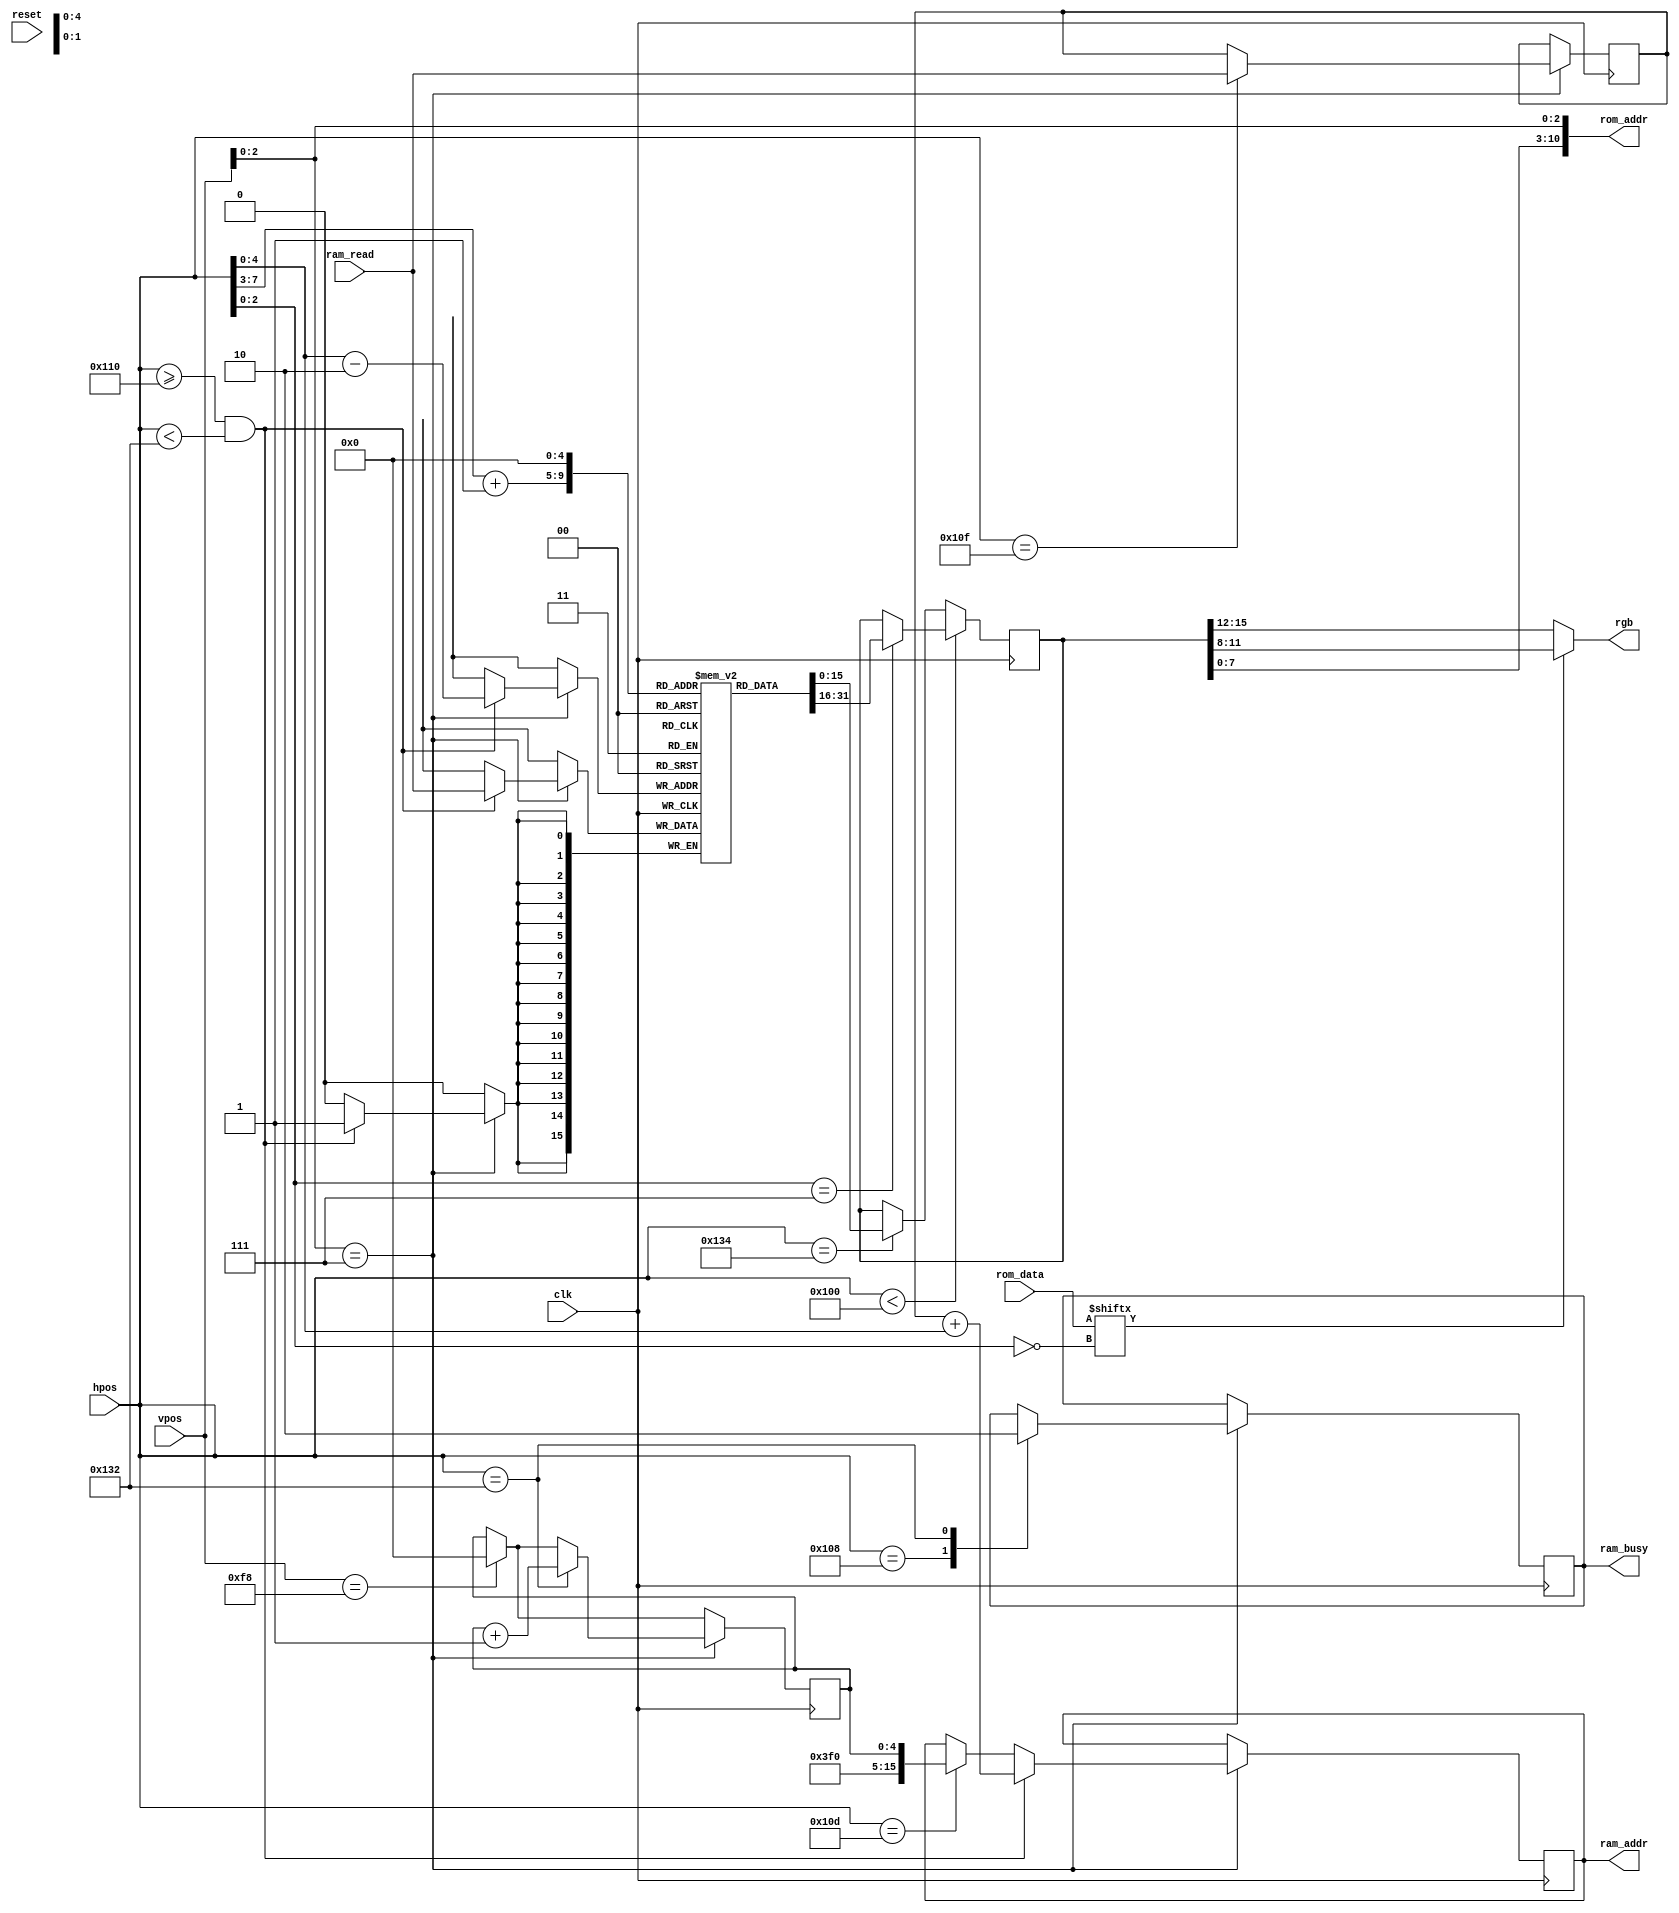

/*
Displays a 32x30 grid of 8x8 tiles, whose attributes are
  fetched from RAM, and whose bitmap patterns are in ROM.
*/

module tile_renderer(clk, reset, hpos, vpos,
                     rgb,
                     ram_addr, ram_read, ram_busy,
                     rom_addr, rom_data);

  input clk, reset;
  input [8:0] hpos;
  input [8:0] vpos;
  output [3:0] rgb;
  
  // start loading cells from RAM at this hpos value
  // first column read will be ((HLOAD-2) % 32)
  parameter HLOAD = 272;

  output reg [15:0] ram_addr;
  input [15:0] ram_read;
  output reg ram_busy;

  output [10:0] rom_addr;
  input [7:0] rom_data;
  
  reg [7:0] page_base = 8'h7e;	// page table base (8 bits)
  reg [15:0] row_base;		// row table base (16 bits)
  reg [4:0] row;
  //wire [4:0] row = vpos[7:3];	// 5-bit row, vpos / 8
  wire [4:0] col = hpos[7:3];	// 5-bit column, hpos / 8
  wire [2:0] yofs = vpos[2:0];  // scanline of cell (0-7)
  wire [2:0] xofs = hpos[2:0];  // which pixel to draw (0-7)
  
  reg [15:0] cur_cell;
  wire [7:0] cur_char = cur_cell[7:0];
  wire [7:0] cur_attr = cur_cell[15:8];

  // tile ROM address
  assign rom_addr = {cur_char, yofs};
  
  reg [15:0] row_buffer[0:31];
  
  // lookup char and attr
  always @(posedge clk) begin
    // reset row to 0 when last row displayed
    if (vpos == 248) begin
      row <= 0;
    end
    // time to read a row?
    if (vpos[2:0] == 7) begin
      // read row_base from page table (2 bytes)
      case (hpos)
        // assert busy 5 cycles before first RAM read
        HLOAD-8: ram_busy <= 1;
        // read page base for row
        HLOAD-3: ram_addr <= {page_base, 3'b000, row};
        HLOAD-1: row_base <= ram_read;
        // deassert BUSY and increment row counter
        HLOAD+34: begin
          ram_busy <= 0;
          row <= row + 1;
        end
      endcase
      // load row of tile data from RAM
      // (last two twice)
      if (hpos >= HLOAD && hpos < HLOAD+34) begin
        ram_addr <= row_base + hpos[4:0];
        row_buffer[hpos[4:0] - 5'd2] <= ram_read;
      end
    end
    // latch character data
    if (hpos < 256) begin
      case (hpos[2:0])
        7: begin
          cur_cell <= row_buffer[col+1];
        end
      endcase
    end else if (hpos == 308) begin
      cur_cell <= row_buffer[0];
    end
  end
      
  // extract bit from ROM output
  assign rgb = rom_data[~xofs] ? cur_attr[3:0] : cur_attr[7:4];
  
endmodule